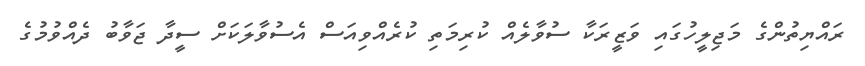
ރައްޔިތުންގެ މަޖިލީހުގައި ވަޒީރަކާ ސުވާލެއް ކުރިމަތި ކުރެއްވިއަސް އެސުވާލަކަށް ސީދާ ޖަވާބު ދެއްވުމުގެ